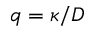
q = \kappa / D